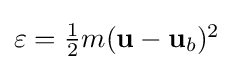
{\textstyle \varepsilon ={\frac {1}{2}}m(\mathbf {u} -\mathbf {u} _{b})^{2}}